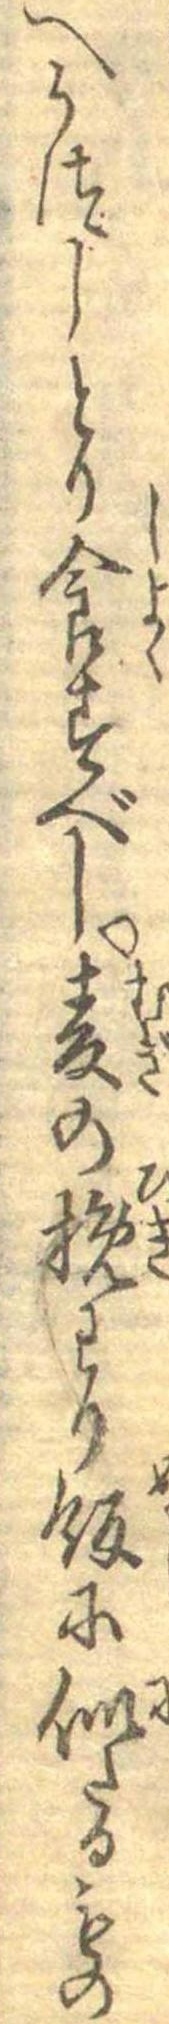
へうつしとり食すべし麦の挽わり飯に似たるもの